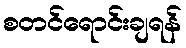
စတင်ရောင်းချရန်